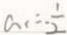
a _ { 1 } = - \frac { 1 } { 2 }